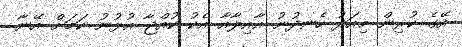
އޭގެ ކުރިން މިއަދު ހެނދުނު އާއިލާއާ އެކު ކުއްޖާ އުޅުނު ކަމަށް އޭނާ